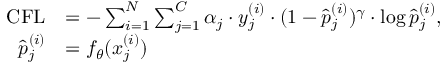
\begin{array} { r l } { \mathrm { C F L } } & { = - \sum _ { i = 1 } ^ { N } \sum _ { j = 1 } ^ { C } \alpha _ { j } \cdot y _ { j } ^ { ( i ) } \cdot ( 1 - \hat { p } _ { j } ^ { ( i ) } ) ^ { \gamma } \cdot \log { \hat { p } _ { j } ^ { ( i ) } } , } \\ { \hat { p } _ { j } ^ { ( i ) } } & { = f _ { \theta } ( x _ { j } ^ { ( i ) } ) } \end{array}